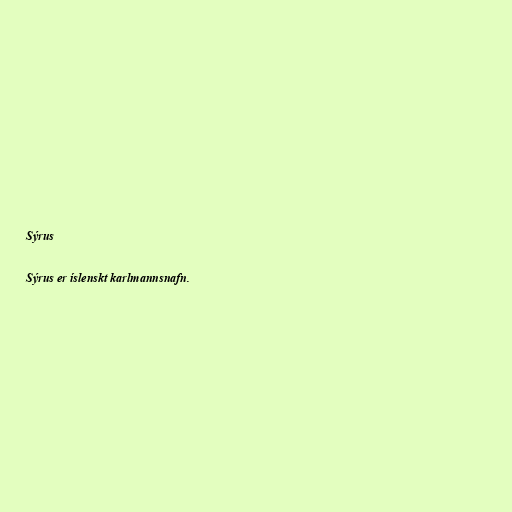
Sýrus

Sýrus er íslenskt karlmannsnafn.